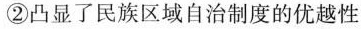
② 凸显了民族区域自治制度的优越性